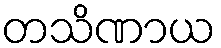
တသိဏာယ